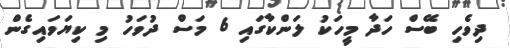
ދިވެހި ބޭސް ހަދާ މީހަކު ލަންކާގައި 6 މަސް ދުވަހު މި ކިޔަވައިގެން